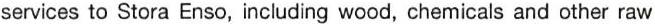
services to Stora Enso, including wood, chemicals and other raw